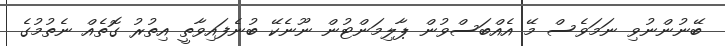
ބޭނުންނުވި ނަމަވެސް މޭ އެއްބަސްވުން ޕާލިމަންޓުން ނޫނެކޭ ބުނެފައިވާތީ އިތުރު ގޮތެއް ނެތުމުގެ